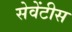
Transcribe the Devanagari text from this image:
सेवेंटीस